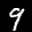
Label: 9